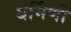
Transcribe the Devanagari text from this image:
धर्मिणी